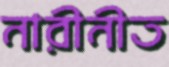
নারীনীত